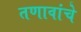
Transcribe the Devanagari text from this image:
तणावांचे